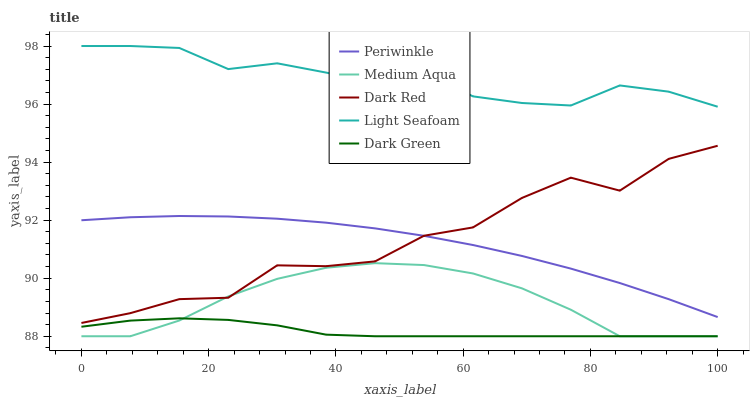
| xaxis_label | Periwinkle | Medium Aqua | Dark Red | Light Seafoam | Dark Green |
 | --- | --- | --- | --- | --- | --- |
 | 0 | 92 | 88 | 88.5 | 98 | 88.3 |
 | 7.69 | 92.1 | 88 | 88.8 | 98 | 88.5 |
 | 15.4 | 92.1 | 88.5 | 89.3 | 97.9 | 88.6 |
 | 23.1 | 92.1 | 89.4 | 89.3 | 97.2 | 88.6 |
 | 30.8 | 92 | 90 | 90.4 | 97.4 | 88.4 |
 | 38.5 | 91.9 | 90.4 | 90.4 | 97.1 | 88.1 |
 | 46.2 | 91.7 | 90.5 | 90.6 | 96.7 | 88 |
 | 53.8 | 91.5 | 90.5 | 91.5 | 97.1 | 88 |
 | 61.5 | 91.1 | 90.2 | 91.7 | 96.3 | 88 |
 | 69.2 | 90.8 | 89.7 | 92.8 | 96 | 88 |
 | 76.9 | 90.3 | 88.9 | 93.5 | 96 | 88 |
 | 84.6 | 89.8 | 88 | 93 | 96.6 | 88 |
 | 92.3 | 89.3 | 88 | 94.1 | 96.4 | 88 |
 | 100 | 88.7 | 88 | 94.6 | 95.9 | 88 |